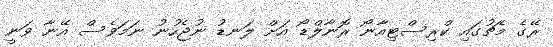
ރޭގެ މެޗުގައި ކްރިސްޓިއާނޯ ރޮނާލްޑޯ އަށް ލަނޑު ނުޖެހުނު ނަމަވެސް އޭނާ ވަނީ